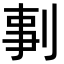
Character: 剚